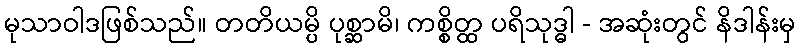
မုသာဝါဒဖြစ်သည်။ တတိယမ္ပိ ပုစ္ဆာမိ၊ ကစ္စိတ္ထ ပရိသုဒ္ဓါ - အဆုံးတွင် နိဒါန်းမှ